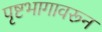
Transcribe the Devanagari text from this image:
पृष्टभागावरून